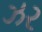
ઝર